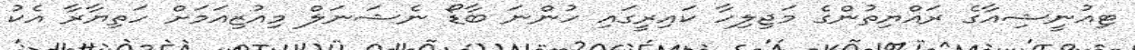
ޓިއުނީޝިއާގެ ރައްޔިތުންގެ މަޖިލިހާ ކައިރީގައި ހުންނަ ބާޑޯ ނެޝަނަލް މިއުޒިއަމަށް ހަތިޔާރާ އެކު